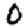
Digit: 0